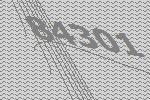
84301